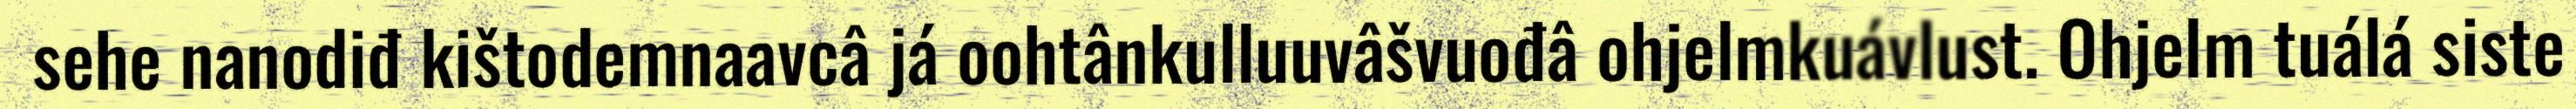
sehe nanodiđ kištodemnaavcâ já oohtânkulluuvâšvuođâ ohjelmkuávlust. Ohjelm tuálá siste